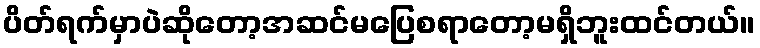
ပိတ်ရက်မှာပဲဆိုတော့အဆင်မပြေစရာတော့မရှိဘူးထင်တယ်။